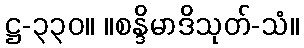
ဋ္ဌ-၃၃၀။ ။စန္ဒိမာဒိသုတ်-သံ။